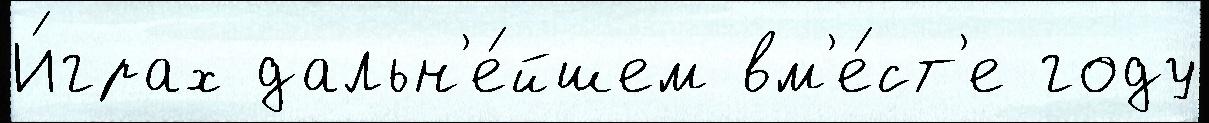
И́грах дальн'е́йшем вм'е́ст'е году